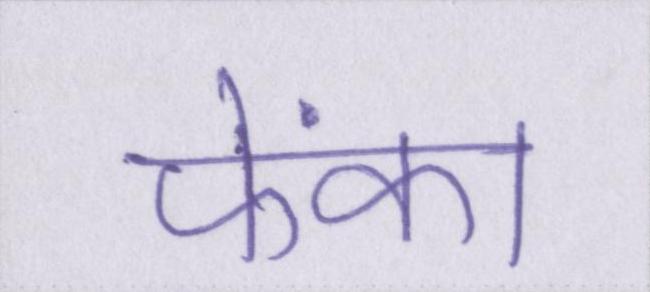
फेंका